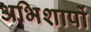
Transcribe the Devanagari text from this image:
अभिशापों